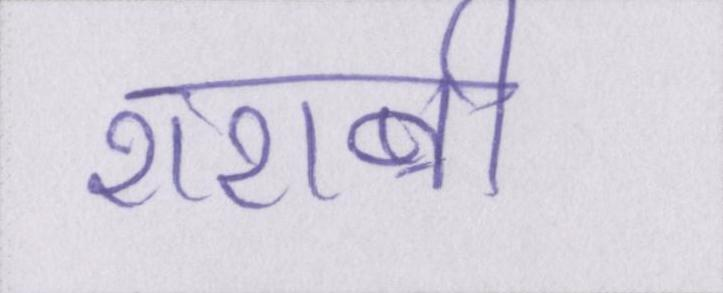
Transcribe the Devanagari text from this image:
शराबी